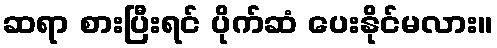
ဆရာ စားပြီးရင် ပိုက်ဆံ ပေးနိုင်မလား။